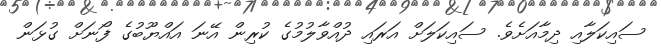
ސައިކަލާއި ދިމާއަށެވެ. ސައިކަލަށް އަރައި ދުއްވާލުމުގެ ކުރިން އޭނަ އައްޔޫބުގެ ފޯނަށް ގުޅަން